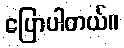
ပြောပါတယ်။